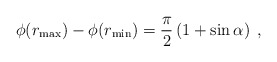
\begin{align*}\phi(r_{\max}) - \phi(r_{\min}) = \frac{\pi}{2}\left( 1 + \sin\alpha \right)\;,\end{align*}